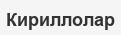
Кириллолар